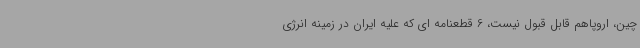
چین، اروپاهم قابل قبول نیست، 6 قطعنامه ای که علیه ایران در زمینه انرژی